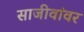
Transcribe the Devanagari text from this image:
साजीवांवर